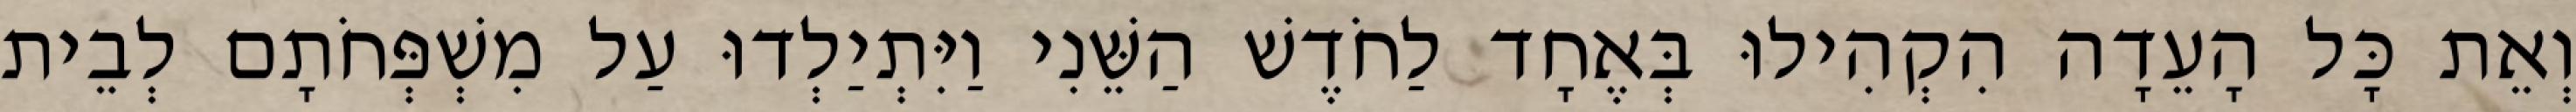
וְאֵת כָּל הָעֵדָה הִקְהִילוּ בְּאֶחָד לַחֹדֶשׁ הַשֵּׁנִי וַיִּתְיַלְדוּ עַל מִשְׁפְּחֹתָם לְבֵית